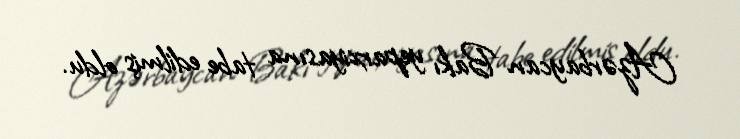
Azərbaycan Bakı yeparxiyasına tabe edilmiş oldu.